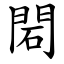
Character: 䦒